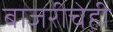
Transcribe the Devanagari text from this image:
बाजरीचेही